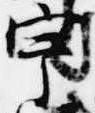
宇